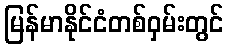
မြန်မာနိုင်ငံတစ်ဝှမ်းတွင်